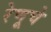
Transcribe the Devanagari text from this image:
रेणूचे